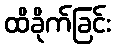
ထိခိုက်ခြင်း